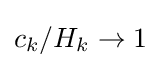
c_{k}/H_{k}\to 1